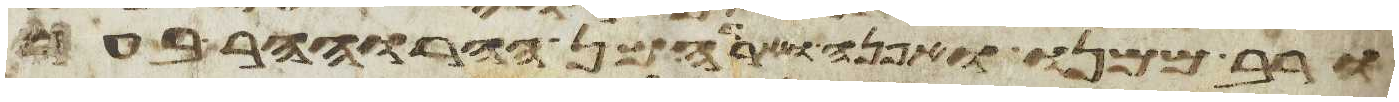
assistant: ורב ממנו ואפנה וארדה מן ההר וההר בער